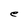
Character: e